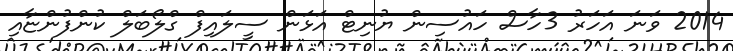
2014 ވަނަ އަހަރު 3ހާސް ހައުސިން ޔުނިޓް އަޅަން ސީލައިފް ގްލޯބަލް ކުންފުންޏާއި